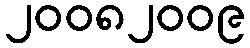
၂၀၀၈၂၀၀၉